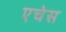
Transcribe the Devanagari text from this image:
एचेस